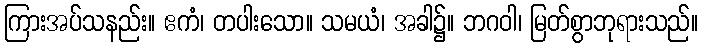
ကြားအပ်သနည်း။ ဧကံ၊ တပါးသော။ သမယံ၊ အခါ၌။ ဘဂဝါ၊ မြတ်စွာဘုရားသည်။